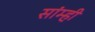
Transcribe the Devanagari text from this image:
सांम्ही